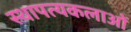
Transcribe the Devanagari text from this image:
स्थापत्यकलाओं